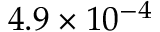
4 . 9 \times 1 0 ^ { - 4 }